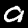
Label: 9